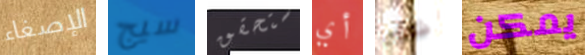
الإصغاء سيج ستحقق أي شطب يمكن